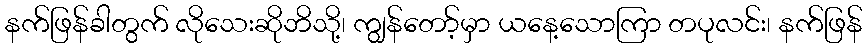
နက်ဖြန်ခါတွက် လိုသေးဆိုဘိသို့၊ ကျွန်တော့်မှာ ယနေ့သောကြာ တပုလင်း၊ နက်ဖြန်